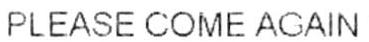
PLEASE COME AGAIN